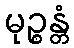
မုဉ္စန္တံ